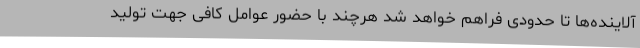
آلاینده‌ها تا حدودی فراهم خواهد شد هرچند با حضور عوامل کافی جهت تولید